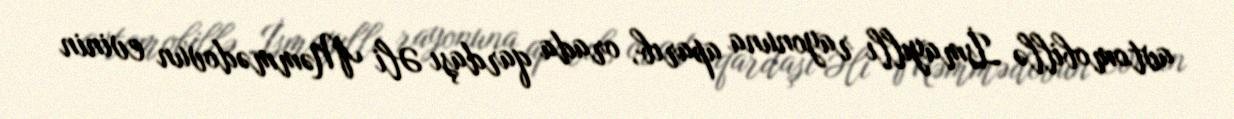
avtomobillə İsmayıllı rayonuna aparıb, orada qardaşı Əli Məmmədovun evinin